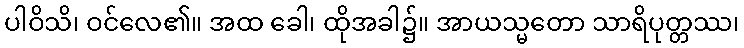
ပါဝိသိ၊ ဝင်လေ၏။ အထ ခေါ၊ ထိုအခါ၌။ အာယသ္မတော သာရိပုတ္တဿ၊